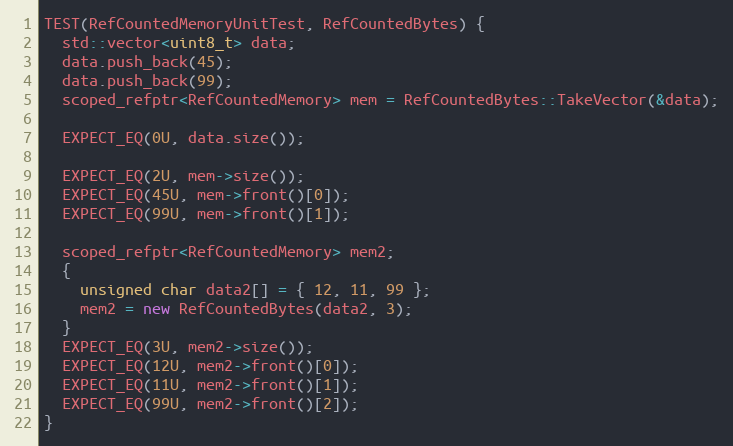
Language: C++
TEST(RefCountedMemoryUnitTest, RefCountedBytes) {
  std::vector<uint8_t> data;
  data.push_back(45);
  data.push_back(99);
  scoped_refptr<RefCountedMemory> mem = RefCountedBytes::TakeVector(&data);

  EXPECT_EQ(0U, data.size());

  EXPECT_EQ(2U, mem->size());
  EXPECT_EQ(45U, mem->front()[0]);
  EXPECT_EQ(99U, mem->front()[1]);

  scoped_refptr<RefCountedMemory> mem2;
  {
    unsigned char data2[] = { 12, 11, 99 };
    mem2 = new RefCountedBytes(data2, 3);
  }
  EXPECT_EQ(3U, mem2->size());
  EXPECT_EQ(12U, mem2->front()[0]);
  EXPECT_EQ(11U, mem2->front()[1]);
  EXPECT_EQ(99U, mem2->front()[2]);
}